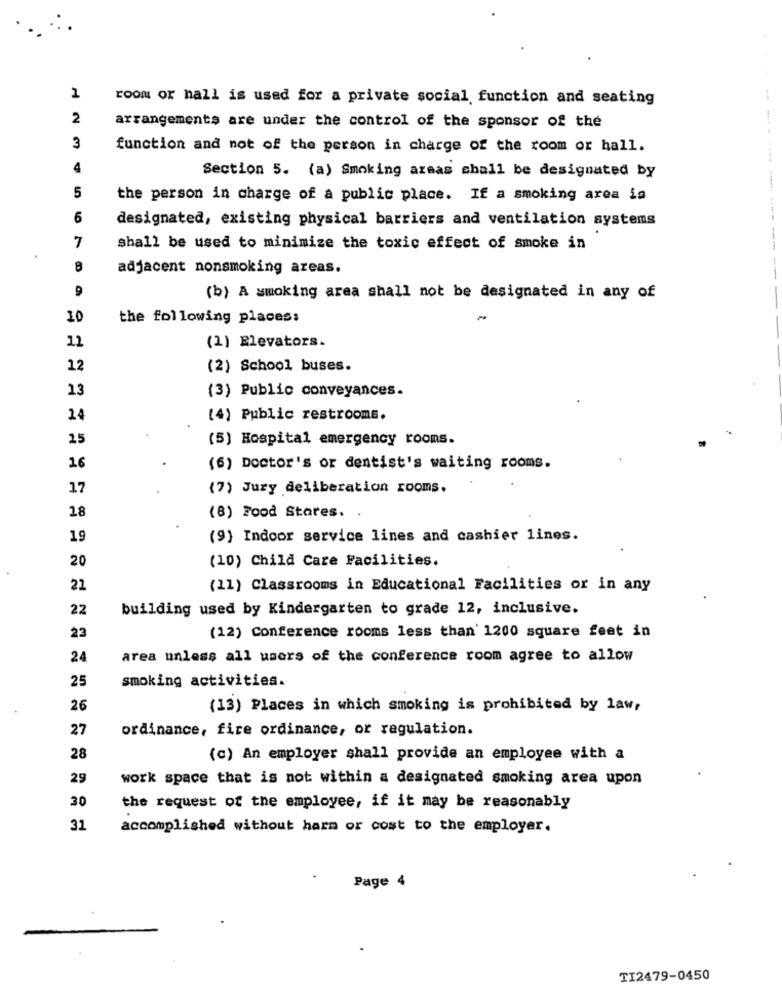
1
room or hall is used for a private social function and seating
..
2
arrangements are under the control of the sponsor of the
3
function and not of the person in charge of the room or hall.
4
Section 5. (a) Smoking areas shall be designated by
5
the person in charge of a public place. If a smoking area is
6
designated, existing physical barriers and ventilation systems
7
shall be used to minimize the toxic effect of smoke in
---------
8
adjacent nonsmoking areas.
--
9
(b) A smoking area shall not be designated in any of
10
the following places:
12
(1) Elevators.
12
(2) School buses.
13
(3) Public conveyances.
24
(4) Public restrooms.
25
(5) Hospital emergency rooms.
16
(6) Doctor's or dentist's waiting rooms.
17
(7) Jury deliberation rooms.
18
(8) Food Stores.
19
(9) Indoor service lines and cashier lines.
20
(10) Child Care Facilities.
21
(11) Classrooms in Educational Facilities or in any
22
building used by Kindergarten to grade 12, inclusive.
(12) Conference rooms less than 1200 square feet in
23
24
area unless all users of the conference room agree to allow
25
smoking activities.
26
(13) Places in which smoking is prohibited by law,
27
ordinance, fire ordinance, or regulation.
28
(c) An employer shall provide an employee with a
29
work space that is not within a designated smoking area upon
30
the request of the employee, if it may be reasonably
31
accomplished without harm or cost to the employer.
Page 4
TI2479-0450